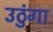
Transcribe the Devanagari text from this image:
उठुंगा